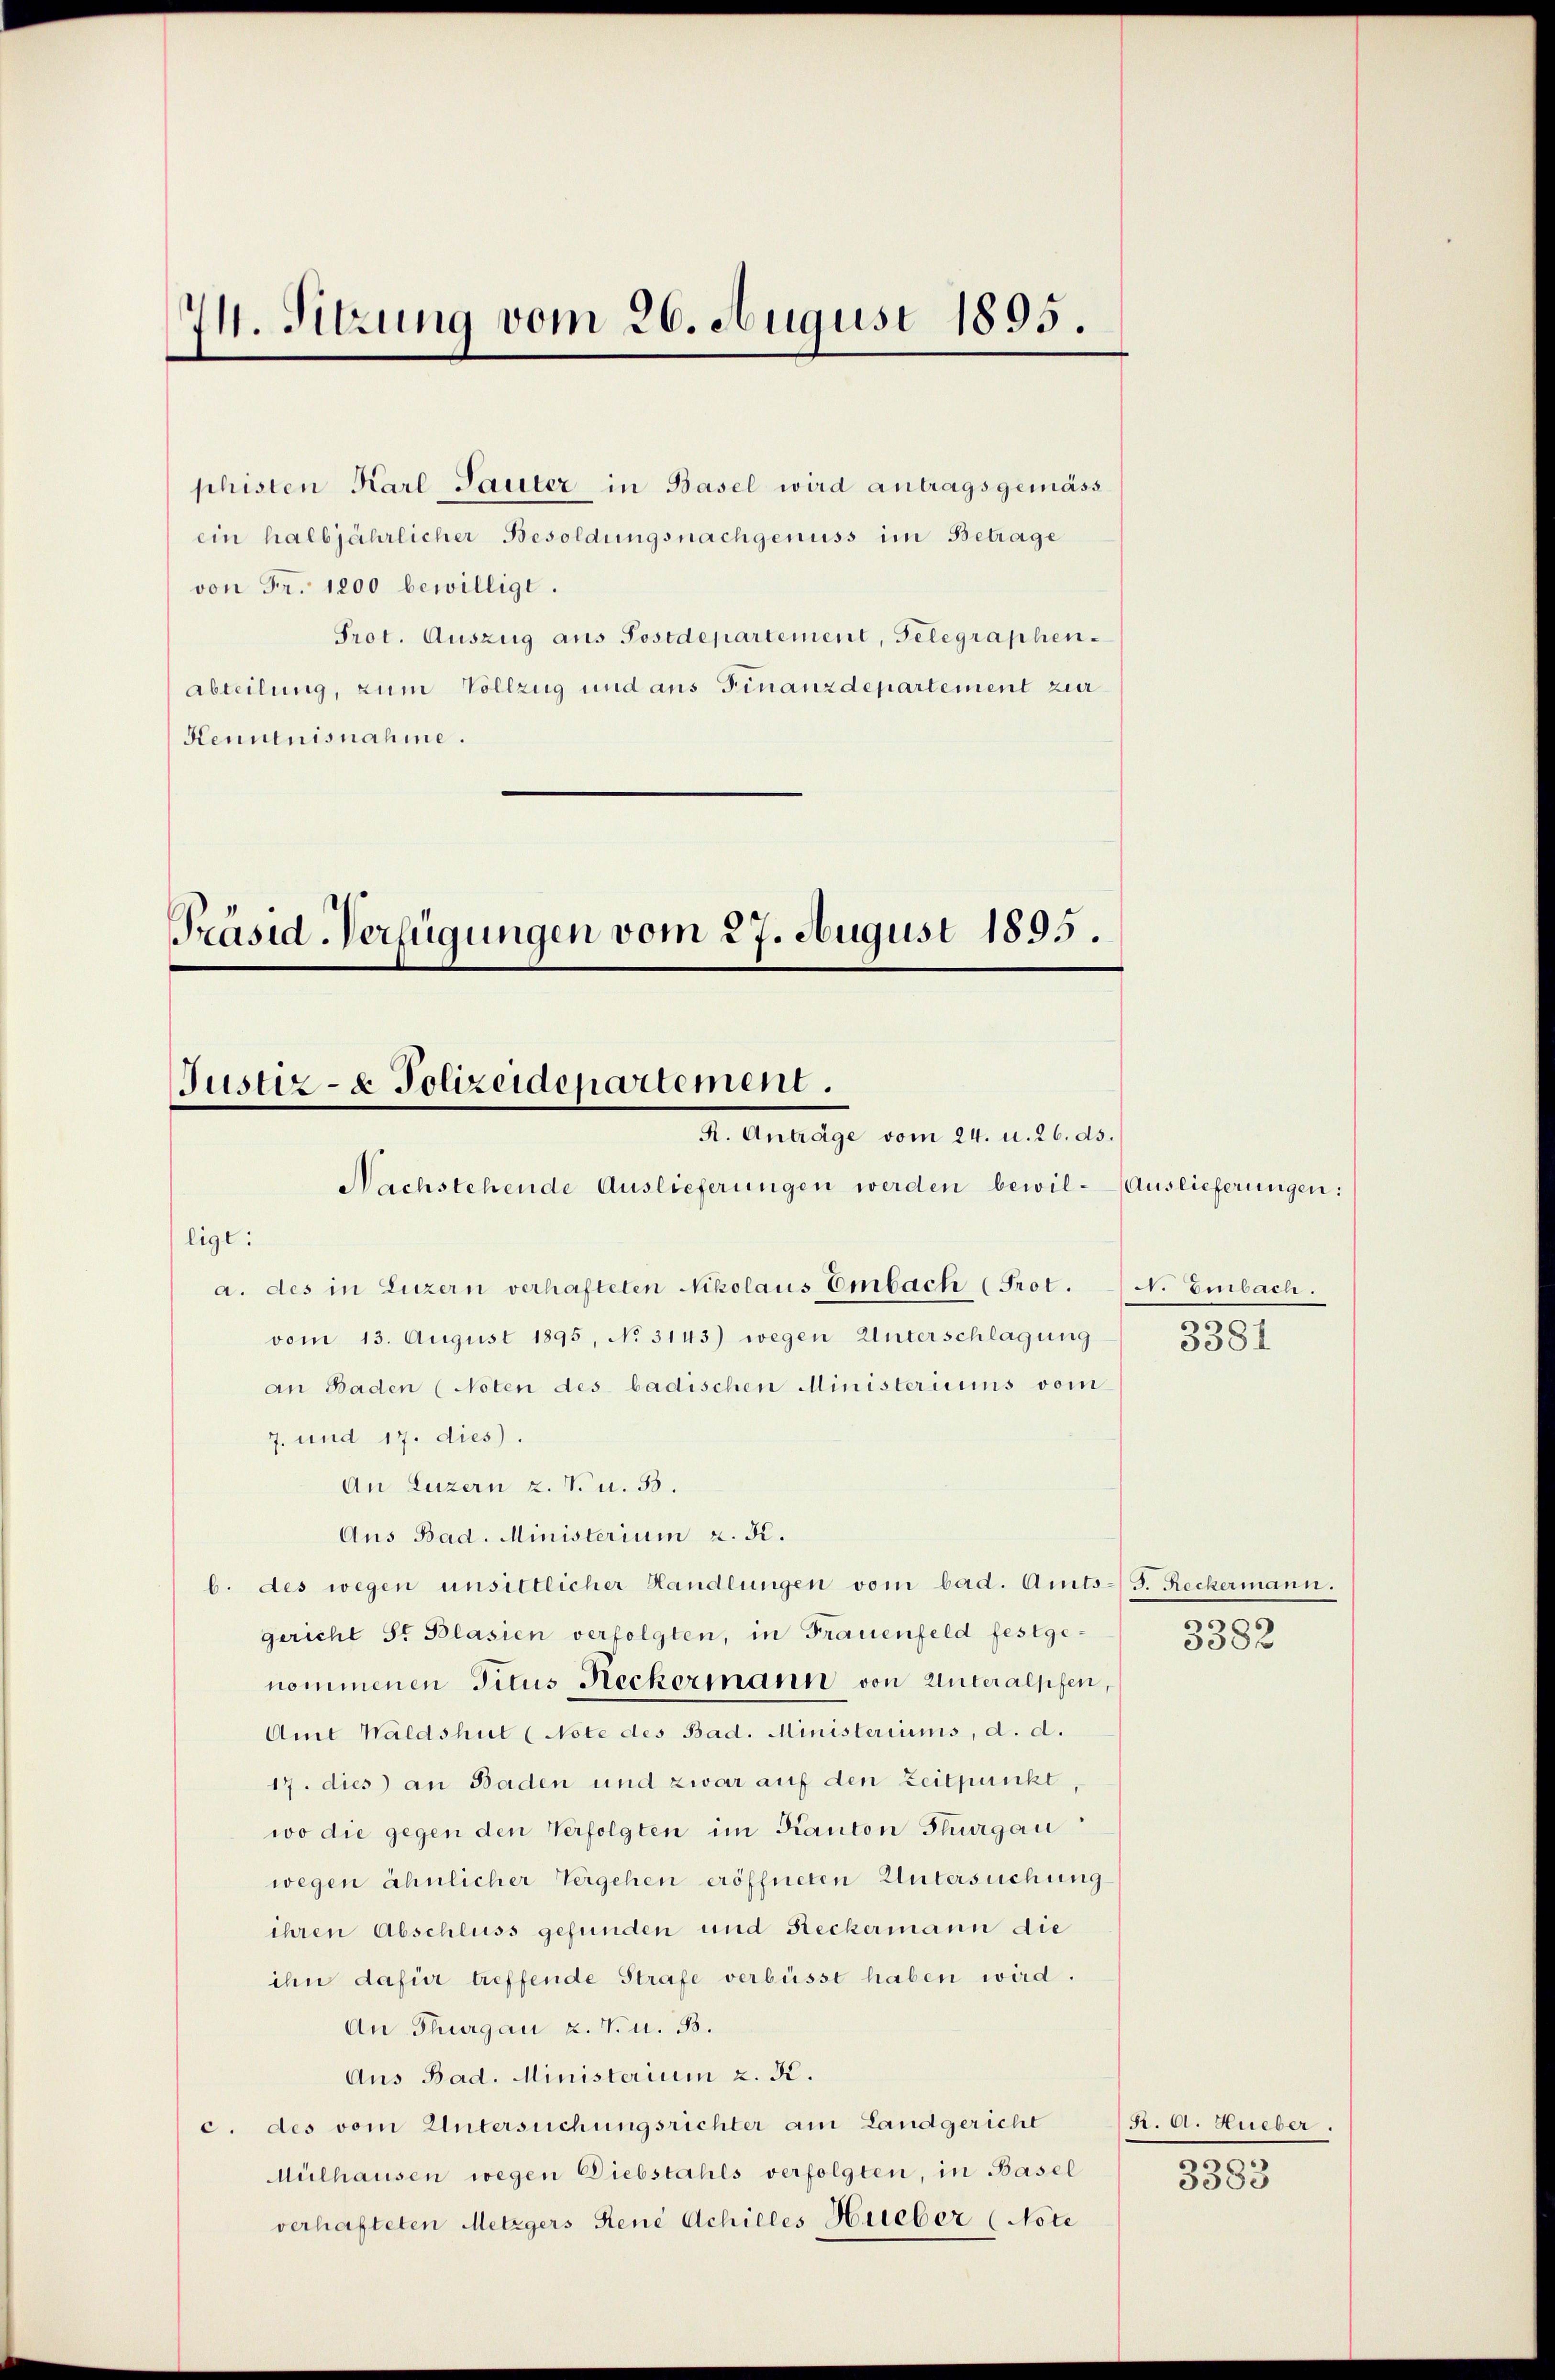
74. Sitzung vom 26. August 1895.

shisten Karl-Sauter in Basel wird antragsgemäss
ein halbjährlicher Besoldungsnachgenuss im Betrage
von Fr. 1200 bewilligt.
Prot. Auszug aus Sostdepartement, Gelegraphen-
Abteilung, zum Vollzug und aus Finanzdepartement zur
Kenntnisnahme.

Präsid-Verfügungen vom 27. August 1895.
Justiz- & Polizeidepartement.
R. Anträge vom 24. u. 26. ds.

Nachstehende Auslieferungen werden bewil-Auslieferungen:
ligt:
a. des in Luzern verhafteten Nikolaus Embach (Prot. N. Einbach.
vom 13. August 1895, No 3143) wegen Unterschlagung
an Baden (Noten des badischen Ministeriums vom
7. und 17. dies
An Luzern z. V. u. 33.
Aus Bad. Ministerium 2. Kr.
b. des wegen unsittlicher Handlungen vom bad. Amts-S. Reckermann.
gericht St. Blasien verfolgten, in Frauenfeld festgenommenen Titus Reckermann von Unteralpfen
Amt Waldshut (Note des Bad. Ministeriums, d. d.
17. dies an Baden und zwar auf den Zeitpunkt,
wo die gegen den Verfolgten im Kanton Thurgau
wegen ähnlicher Vergehen eröffneten Untersuchung
ihren Abschluss gefunden und Reckermann die
ihn dafür treffende Strafe verbüsst haben wird.
An Thurgau u. V. u. B.
Aus Bad. Ministerium 2. K.
c. des vom Untersuchungsrichter am Landgericht
Mülhausen wegen Diebstahls verfolgten, in Basel
verhafteten Metzgers René Achilles Hueber (Note

m
3381

e
n
5582

R. A. Hueber.

3383